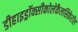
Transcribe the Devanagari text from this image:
डीहाइड्रॉक्सीकोलेकैलसिफ़ेरॉल